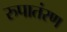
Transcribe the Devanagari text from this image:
रुपातंरण